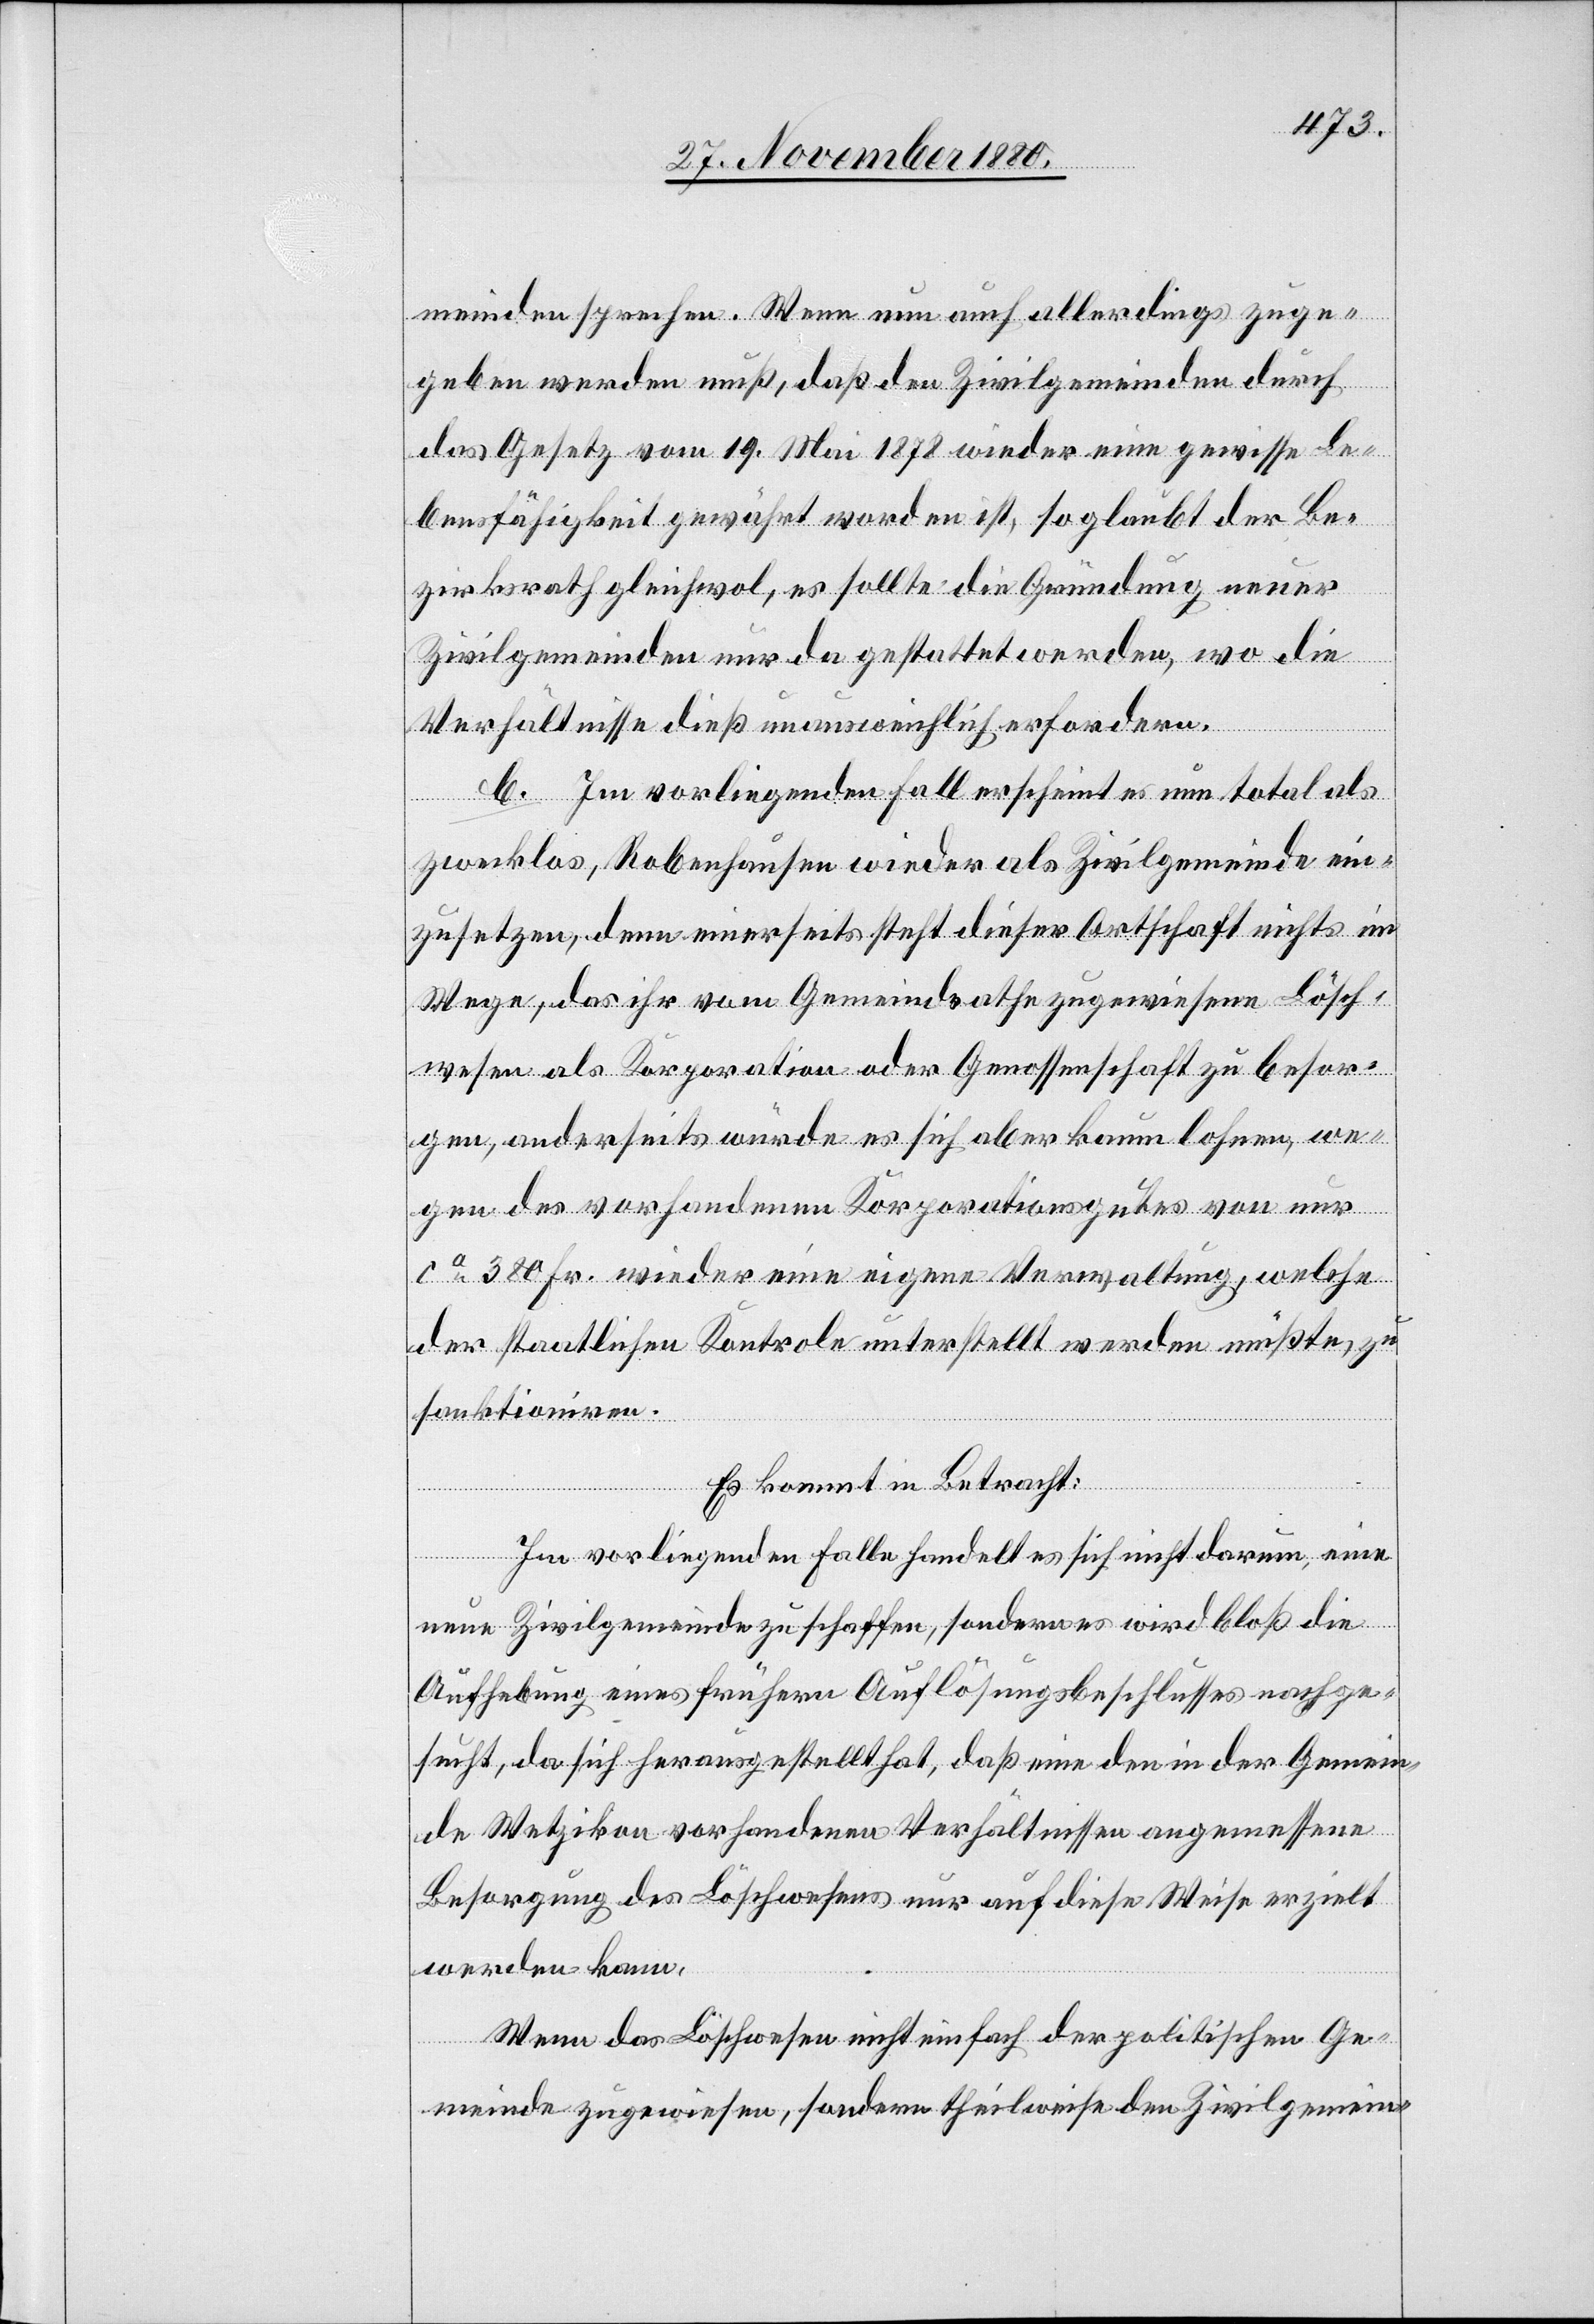
meinden sprechen. Wenn nun auch allerdings zuge¬
geben werden muß, daß den Zivilgemeinden durch
das Gesetz vom 19. Mai 1878 wieder eine gewisse Le¬
bensfähigkeit gewährt worden ist, so glaubt der Be¬
zirksrath gleichwol, es sollte die Gründung neuer
Zivilgemeinden nur da gestattet werden, wo die
Verhältnisse dieß unausweichlich erfordern.
b. Im vorliegenden Fall erscheint es nun total als
zwecklos, Robenhausen wieder als Zivilgemeinde ein¬
zusetzen, denn einerseits steht dieser Ortschaft nichts im
Wege, das ihr vom Gemeindsrathe zugewiesene Lösch¬
wesen als Korporation oder Genossenschaft zu besor¬
gen, anderseits würde es sich aber kaum lohnen, we¬
gen des vorhandenen Korporationsgutes von nur
ca 380 Fr. wieder eine eigene Verwaltung, welche
der staatlichen Kontrole unterstellt werden müßte, zu
sanktioniren.
Es kommt in Betracht:
Im vorliegenden Falle handelt es sich nicht darum, eine
neue Zivilgemeinde zu schaffen, sondern es wird bloß die
Aufhebung eines frühern Auflösungsbeschlusses nachge¬
sucht, da sich herausgestellt hat, daß eine den in der Gemein¬
de Wetzikon vorhandenen Verhältnissen angemessenen
Besorgung des Löschwesens nur auf diese Weise erzielt
werden kann.
Wenn das Löschwesen nicht einfach der politischen Ge¬
meinde zugewiesen, sondern theilweise den Zivilgemein-